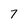
Character: 7